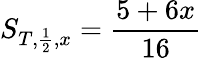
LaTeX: S_{T,\frac{1}{2},x}=\frac{5+6x}{16}